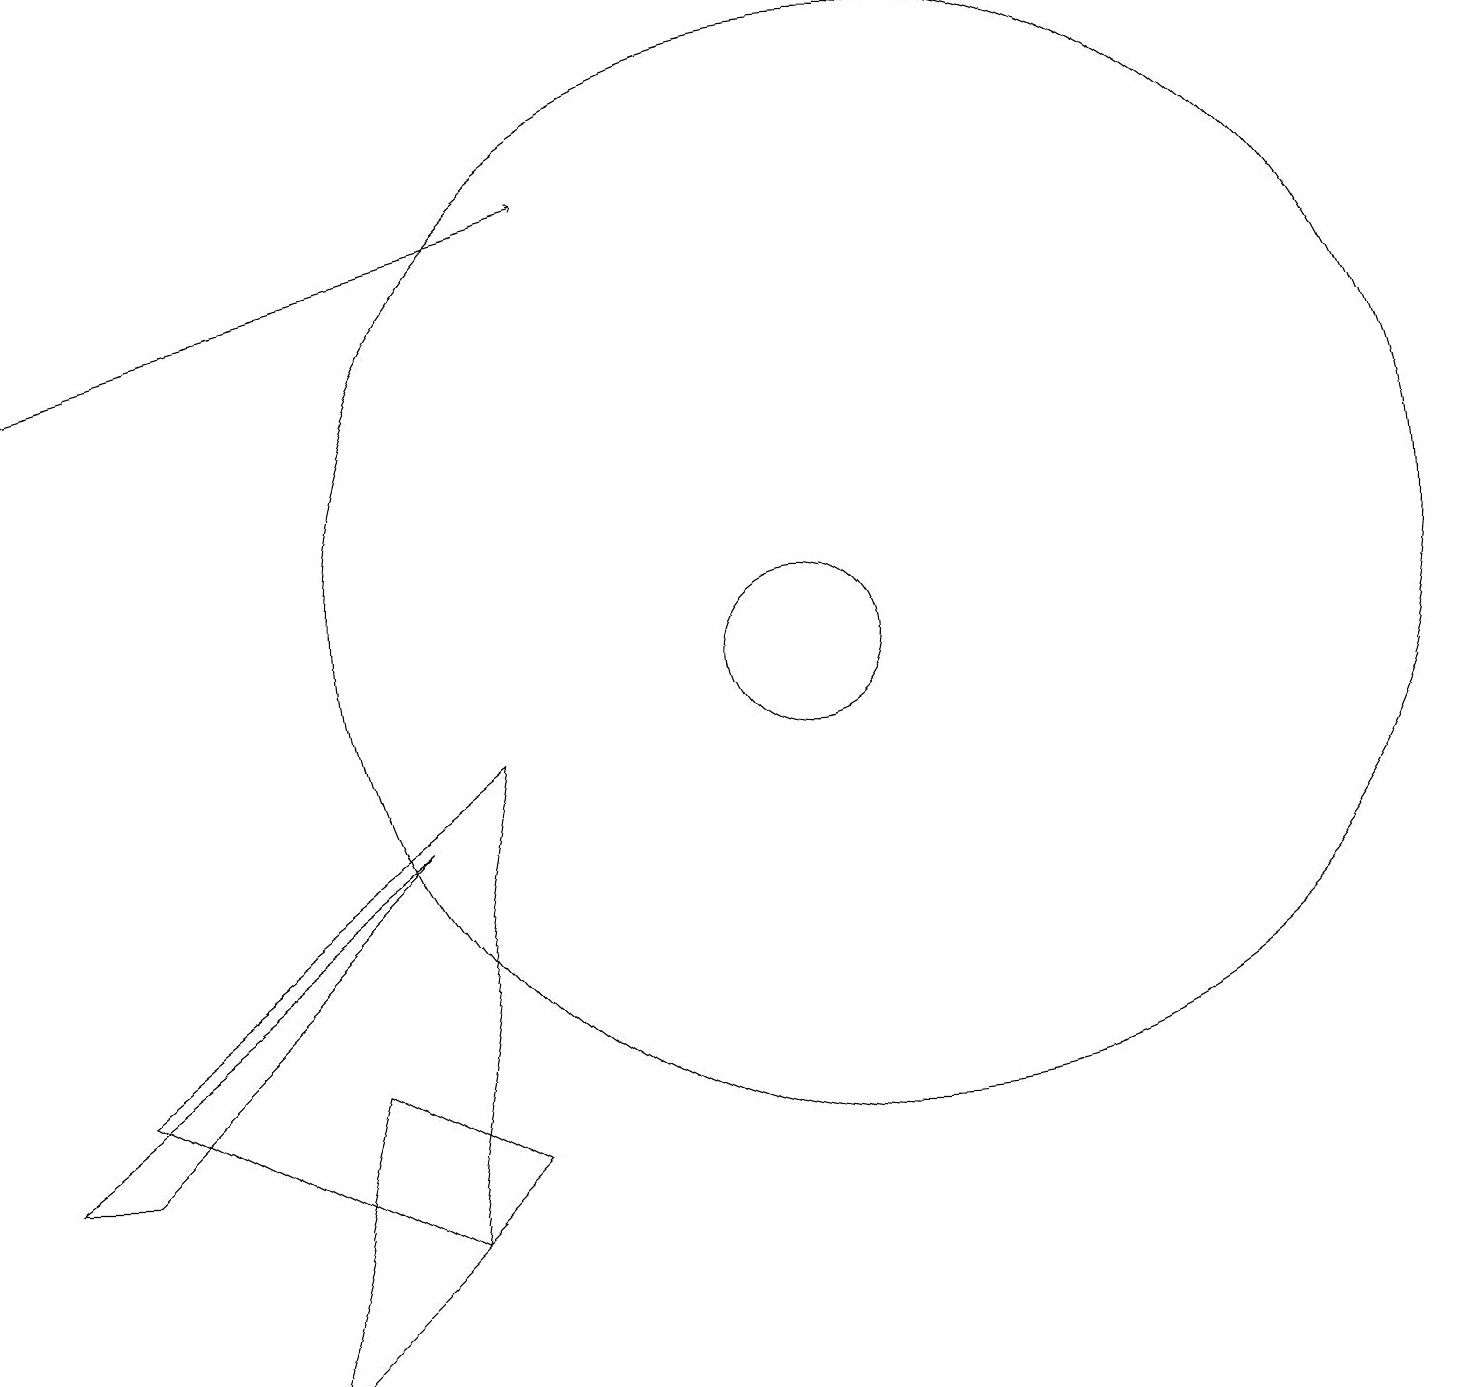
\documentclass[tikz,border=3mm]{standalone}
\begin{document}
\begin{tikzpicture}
\draw (4,5) -- (6,4) -- (3,1) -- cycle;
\draw (1,4) -- (0,4) -- (5,8) -- cycle;
\draw (6,9) -- (1,5) -- (5,3) -- cycle;
\draw (10,10) circle (1);
\draw (11,11) circle (7);
\draw[->] (0,14) -- (7,16);
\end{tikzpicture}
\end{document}